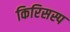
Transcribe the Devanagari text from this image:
किरिसस्प